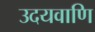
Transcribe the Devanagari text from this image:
उदयवाणि